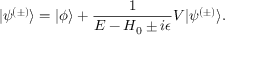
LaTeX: | \psi ^ { ( \pm ) } \rangle = | \phi \rangle + { \frac { 1 } { E - H _ { 0 } \pm i \epsilon } } V | \psi ^ { ( \pm ) } \rangle .